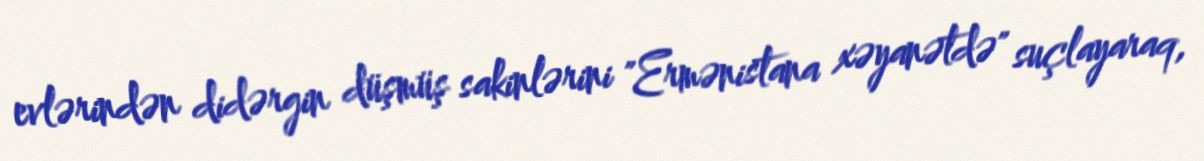
evlərindən didərgin düşmüş sakinlərini "Ermənistana xəyanətdə" suçlayaraq,